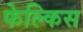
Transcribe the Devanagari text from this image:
फेल्किस